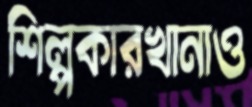
শিল্পকারখানাও